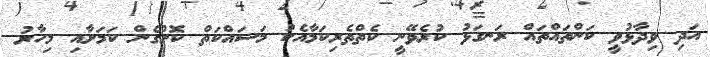
އަދި ވިދާޅުވީ ކަންތައްތައް ރަނގަޅު ކުރެވޭނީ ކެތްތެރިކަމާއެކު މަސައްކަތް ކޮށްގެން ކަމަށާއި މިހާރު